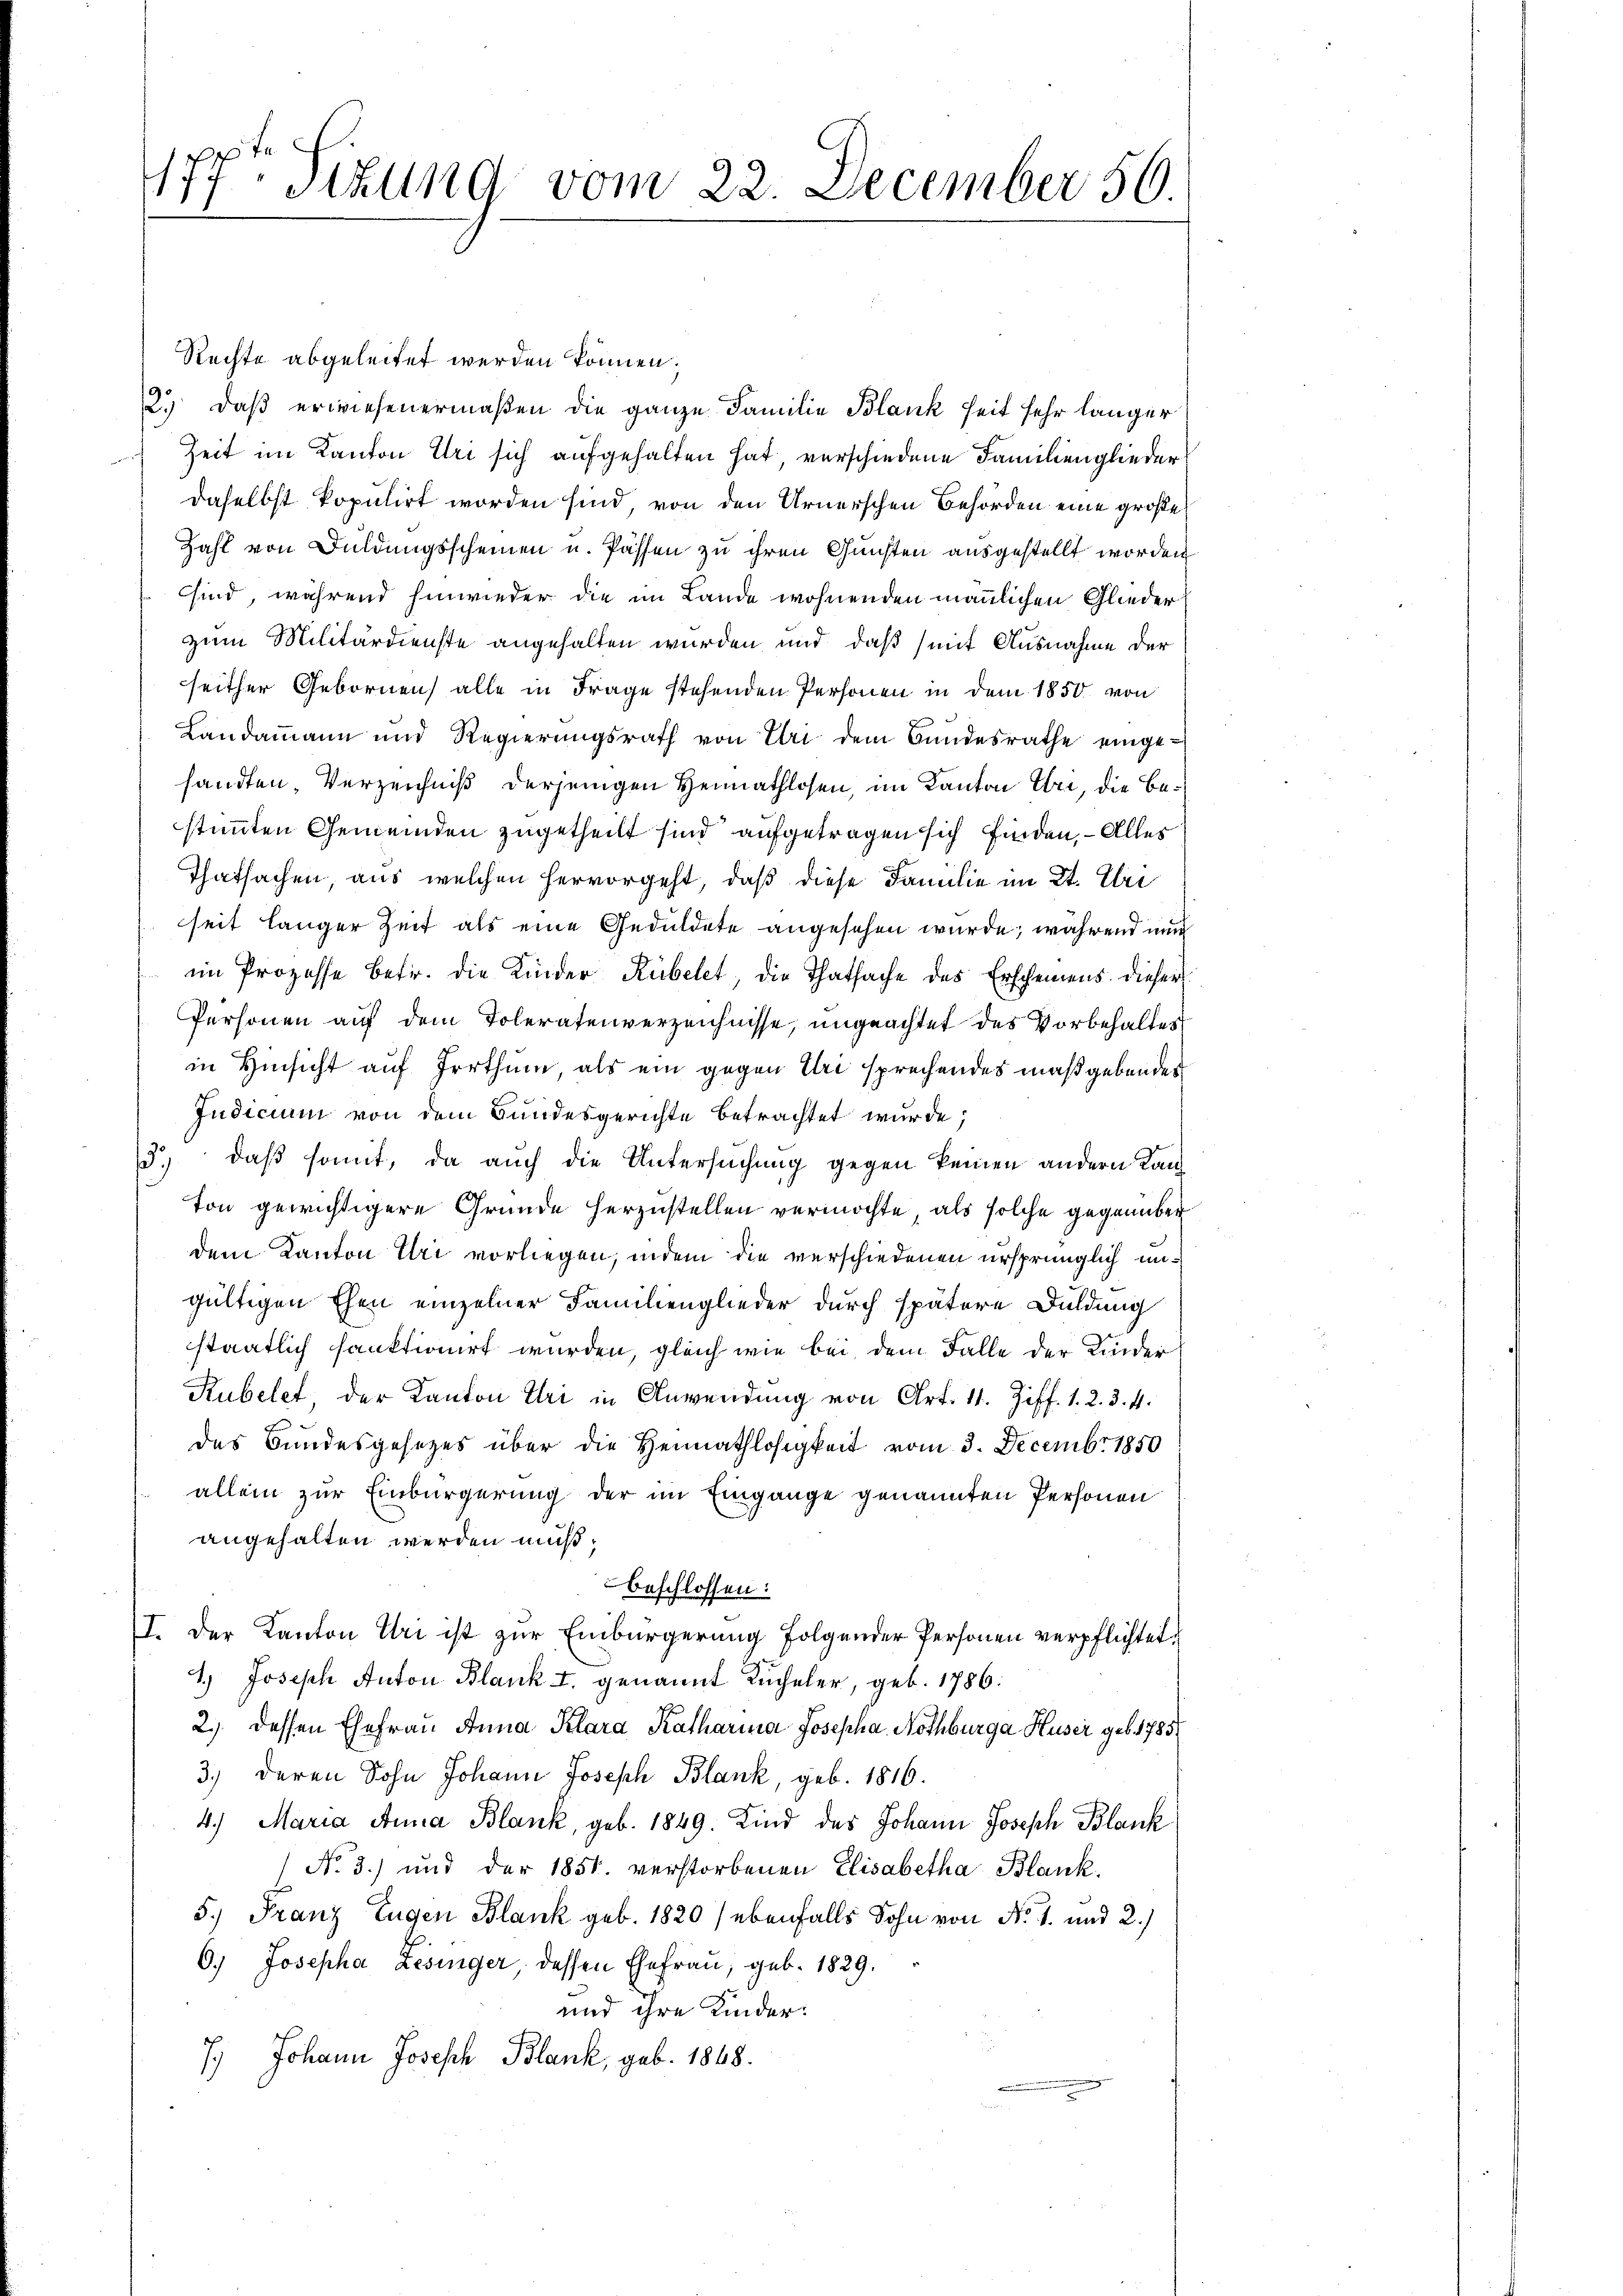
177. Sizung vom 22. December 56

Rechte abgeleitet werden können;
2.) Daß erwiesenermaßen die ganze Familie Blank seit sehr länger
Zeit im Kanton Uri sich aufgehalten hat, verschiedene Familienglieder
daselbst kopulirt worden sind, von den Arnerschen Behörden eine große
Zahl von Duldungsscheinen u. Passen zu ihren Gunsten ausgestellt worden
sind, während hinwieder die im Lande wohnenden männlichen Glieder
zum Militärdienste angehalten wurden und daß mit Ausnahme der
seither Gebornen alle in Frage stehenden Personen in dem 1850 von
Landammann und Regierŭngsrath von Uri dem Bundesrathe einge-
sandten, Verzeichniß derjenigen Heimathlosen, im Kanton Uri, die Bestimmten Gemeinden zugetheilt sind aufgetragen sich finden, – Alles
Thatsachen, aus welchen hervorgeht, daß diese Familie im 2t. Uri
seit langer Zeit als eine Geduldete angesehen wurde; während nun
im Prozesse betr. die Kinder Rübelet, die Thatsache des Erscheinens dieser
Personen auf dem Toleratenverzeichnisse, ungeachtet des Vorbehaltes
in Hinsicht auf Irrthum als ein gegen Uri sprechendes maßgebendes
Indicium von dem Bundesgerichte betrachtet wurde;
3.) daß somit, da auch die Untersuchung gegen keinen andern Kanton gewichtigere Gründe herzustellen vermöchte, als solche gegenüber
dem Kanton Uri vorliegen, indem die verschiedenen ursprünglich ungültigen Ehen einzelner Familienglieder durch spätere Duldung
staatlich sanktionirt wurden, gleich wie bei dem Falle der Kinder
Rubelet der Kanton Uri in Anwendung von Art. 11. Ziff. 1. 2. 3. 4.
des Bundesgesetzes über die Heimathlosigkeit vom 3. Decembr 1850
allein zur Einbürgerung der im Eingange genannten Personen
angehalten werden muß,
beschlossen:
I. Der Kanton Uri ist zur Einbürgerung folgender Personen verpflichtet
1.) Joseph Anton Blank u. genannt Rucheler, geb. 1786.
2., dessen Ehefrau Anna Klara Katharina Josepha, Nothburga Huser geb. 1785/
3.) deren Sohn Johann Joseph Blank, geb. 1816.
4.) Maria Anna Blank, geb. 1849. Kind des Johann Joseph Blank
No. 3.) und der 1851. verstorbenen Elisabetha Blank.
5.) Franz Eugen Blank geb. 1820 (ebenfalls Sohn von No. 1. und 2.)
6.) Josepha Lesinger, dessen Ehefrau, geb. 1829.
und ihre Kinder:
7.) Johann Joseph Blank, geb. 1868.